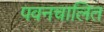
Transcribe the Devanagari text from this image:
पवनचालित